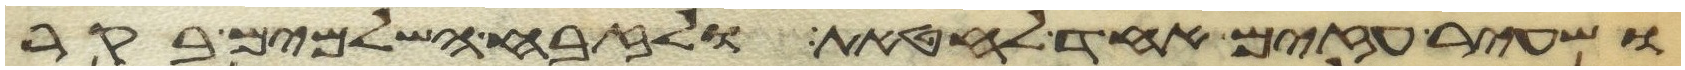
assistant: ושעיר עזים אחד לחטאת ולזבח השלמים בקר